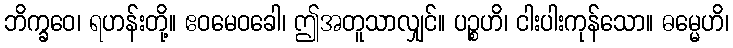
ဘိက္ခဝေ၊ ရဟန်းတို့။ ဧဝမေဝခေါ၊ ဤအတူသာလျှင်။ ပဉ္စဟိ၊ ငါးပါးကုန်သော။ ဓမ္မေဟိ၊